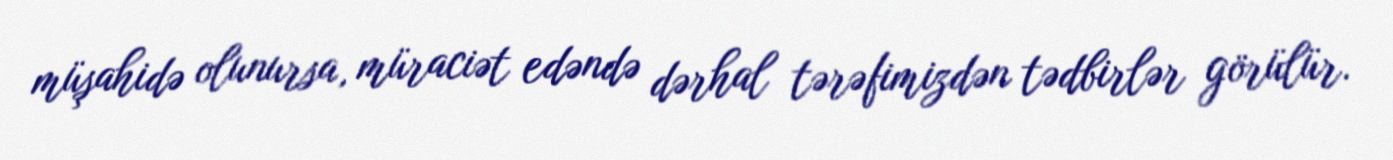
müşahidə olunursa, müraciət edəndə dərhal tərəfimizdən tədbirlər görülür.